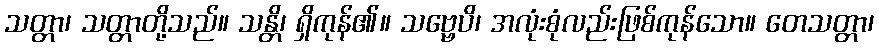
သတ္တာ၊ သတ္တာတို့သည်။ သန္တိ၊ ရှိကုန်၏။ သဗ္ဗေပိ၊ အလုံးစုံလည်းဖြစ်ကုန်သော။ တေသတ္တာ၊